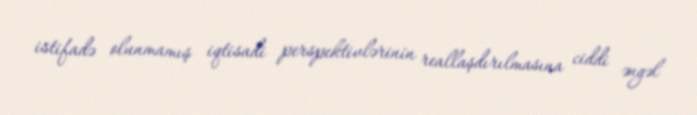
istifadə olunmamış iqtisadi perspektivlərinin reallaşdırılmasına ciddi əngəl